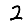
Digit: 2